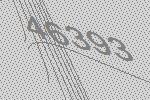
46393